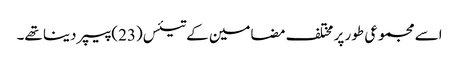
اسے مجموعی طور پر مختلف مضامین کے تیئس(23) پیپر دینا تھے۔